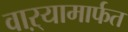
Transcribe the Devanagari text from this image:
वाऱ्यामार्फत